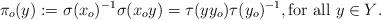
LaTeX: \begin{align*}\pi_o(y) := \sigma(x_o)^{-1} \sigma(x_o y) = \tau(yy_o) \tau(y_o)^{-1}, \textrm{for all $y \in Y$}.\end{align*}